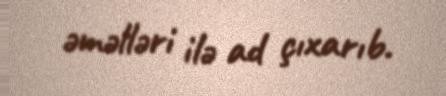
əməlləri ilə ad çıxarıb.